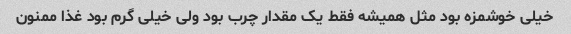
خیلی خوشمزه بود مثل همیشه فقط یک مقدار چرب بود ولی خیلی گرم بود غذا ممنون